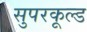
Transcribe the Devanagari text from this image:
सुपरकूल्ड